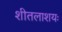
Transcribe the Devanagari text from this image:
शीतलाशयः